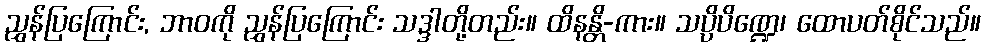
ညွှန်ပြကြောင်း, ဘာဝကို ညွှန်ပြကြောင်း သဒ္ဒါတို့တည်း။ ထိနန္တိ-ကား။ သပ္ပိပိဏ္ဍေ၊ ထောပတ်စိုင်သည်။